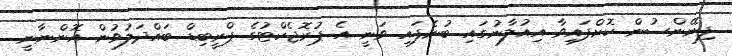
ފިނޭންސުން ކޮށްފައިވާ އިއުލާނުގައި ބުނެފައި ވަނީ އެ ޕުރޮޖެކްޓުގެ ޕްރީބިޑް ބައްދަލުވުން އޮންނާނީ